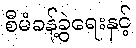
စီမံခန့်ခွဲရေးနှင့်